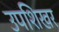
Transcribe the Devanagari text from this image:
उपशिखर